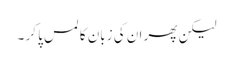
لیکن پھر ان کی زبان کا لمس پا کر ۔